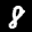
Label: 8